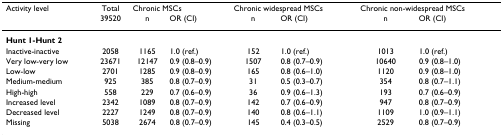
<table><thead><tr><td><b>Activity level</b></td><td><b>Total</b></td><td colspan="2"><b>Chronic MSCs</b></td><td colspan="2"><b>Chronic widespread MSCs</b></td><td colspan="2"><b>Chronic non-widespread MSCs</b></td></tr><tr><td></td><td><b>39520</b></td><td><b>n</b></td><td><b>OR (CI)</b></td><td><b>n</b></td><td><b>OR (CI)</b></td><td><b>n</b></td><td><b>OR (CI)</b></td></tr></thead><tbody><tr><td><b>Hunt 1-Hunt 2</b></td><td></td><td></td><td></td><td></td><td></td><td></td><td></td></tr><tr><td>Inactive-inactive</td><td>2058</td><td>1165</td><td>1.0 (ref.)</td><td>152</td><td>1.0 (ref.)</td><td>1013</td><td>1.0 (ref.)</td></tr><tr><td>Very low-very low</td><td>23671</td><td>12147</td><td>0.9 (0.8–0.9)</td><td>1507</td><td>0.8 (0.7–0.9)</td><td>10640</td><td>0.9 (0.8–1.0)</td></tr><tr><td>Low-low</td><td>2701</td><td>1285</td><td>0.9 (0.8–0.9)</td><td>165</td><td>0.8 (0.6–1.0)</td><td>1120</td><td>0.9 (0.8–1.0)</td></tr><tr><td>Medium-medium</td><td>925</td><td>385</td><td>0.8 (0.7–0.9)</td><td>31</td><td>0.5 (0.3–0.7)</td><td>354</td><td>0.8 (0.7–1.1)</td></tr><tr><td>High-high</td><td>558</td><td>229</td><td>0.7 (0.6–0.9)</td><td>36</td><td>0.9 (0.6–1.3)</td><td>193</td><td>0.7 (0.6–0.9)</td></tr><tr><td>Increased level</td><td>2342</td><td>1089</td><td>0.8 (0.7–0.9)</td><td>142</td><td>0.7 (0.6–0.9)</td><td>947</td><td>0.8 (0.7–0.9)</td></tr><tr><td>Decreased level</td><td>2227</td><td>1249</td><td>0.8 (0.7–0.9)</td><td>140</td><td>0.8 (0.6–1.1)</td><td>1109</td><td>1.0 (0.9–1.1)</td></tr><tr><td>Missing</td><td>5038</td><td>2674</td><td>0.8 (0.7–0.9)</td><td>145</td><td>0.4 (0.3–0.5)</td><td>2529</td><td>0.8 (0.7–0.9)</td></tr></tbody></table>